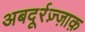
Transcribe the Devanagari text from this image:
अबदूर्रज़्ज़ाक़